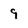
Character: 9